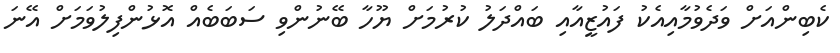
ކެބިންއަށް ވަދެވުމާއިއެކު ފައުޒީއާއި ބައްދަލު ކުރުމަށް ޔޫހާ ބޭނުންވި ސަބަބެއް އޮޅުންފިލުވަމަށް އޭނަ